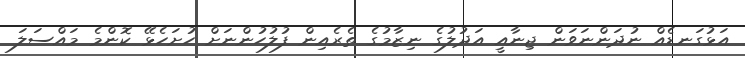
އަޅުގަނޑެއް ނުދަންނަވަން ޖިނާއީ އަދުލުގެ ނިޒާމުގެ ތެރެއިން ފުލުހުންނަށް ހުށަހެޅޭ ކޮންމެ މައްސަލަ